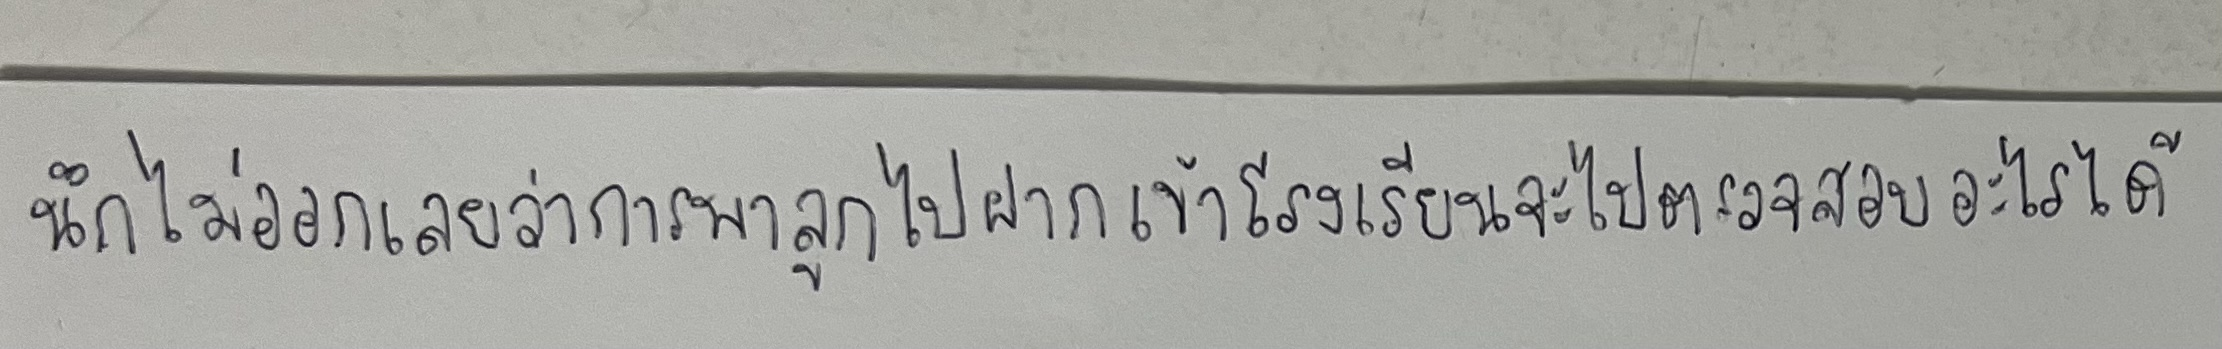
"นึกไม่ออกเลยว่าการพาลูกไปฝากเข้าโรงเรียนจะไปตรวจสอบอะไรได้"